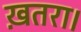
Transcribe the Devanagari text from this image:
ख़तरा।